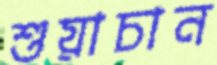
শুয়াচান